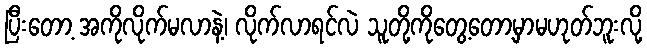
ပြီးတော့ အကိုလိုက်မလာနဲ့၊ လိုက်လာရင်လဲ သူတို့ကိုတွေ့တော့မှာမဟုတ်ဘူးလို့